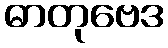
ဓာတုဗေဒ